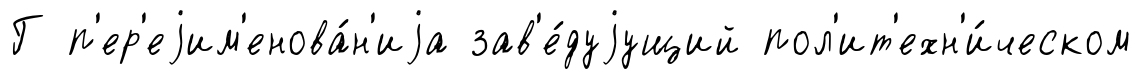
Г п'ер'еjим'енова́н'иjа зав'е́дуjущий пол'ит'ехн'и́ческом